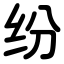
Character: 纷